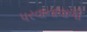
પરવાનાવાળી